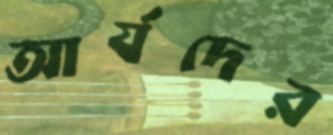
আর্যদের